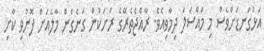
އަޅުގަނޑަށްވެސް މި މައްސަލަ ދިމާވިއެވެ. ރާއްޖެތެރޭގެ ރަށަކުން ގަނެގެން މާލެއަށް ފޮނުވި ކާށި